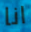
انا